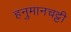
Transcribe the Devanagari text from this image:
हनुमानचट्टी